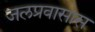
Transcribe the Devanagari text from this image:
जलप्रवासास